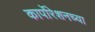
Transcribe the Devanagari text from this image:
कार्पोरेशनच्या